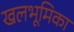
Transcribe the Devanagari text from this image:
खलभूमिका